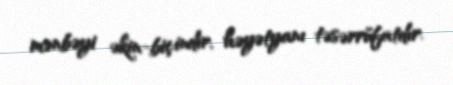
mənbəyi əkin-biçindir, həyətyanı təsərrüfatdır.